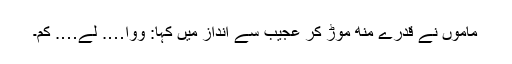
ماموں نے قدرے منھ موڑ کر عجیب سے انداز میں کہا: ووا…. لے…. کُم۔